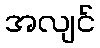
အလျင်